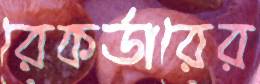
রেকর্ডারের